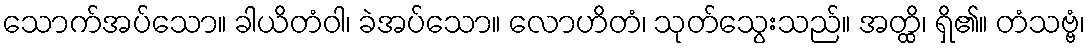
သောက်အပ်သော။ ခါယိတံဝါ၊ ခဲအပ်သော။ လောဟိတံ၊ သုတ်သွေးသည်။ အတ္ထိ၊ ရှိ၏။ တံသဗ္ဗံ၊